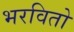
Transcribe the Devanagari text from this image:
भरवितो